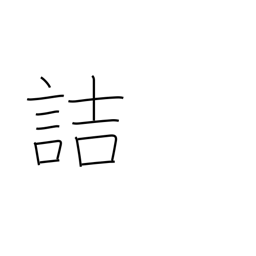
Meaning: blame